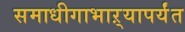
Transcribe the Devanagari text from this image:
समाधीगाभाऱ्यापर्यंत